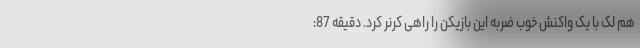
هم لک با یک واکنش خوب ضربه این بازیکن را راهی کرنر کرد. دقیقه 87: